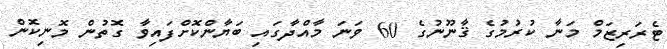
ޓެރަރިޒަމް މަނާ ކުރުމުގެ ޤާނޫނުގެ 60 ވަނަ މާއްދާގައި ބަޔާންކޮށްފައިވާ ގޮތުން މޮނިކޮން